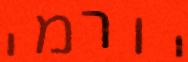
יורמי